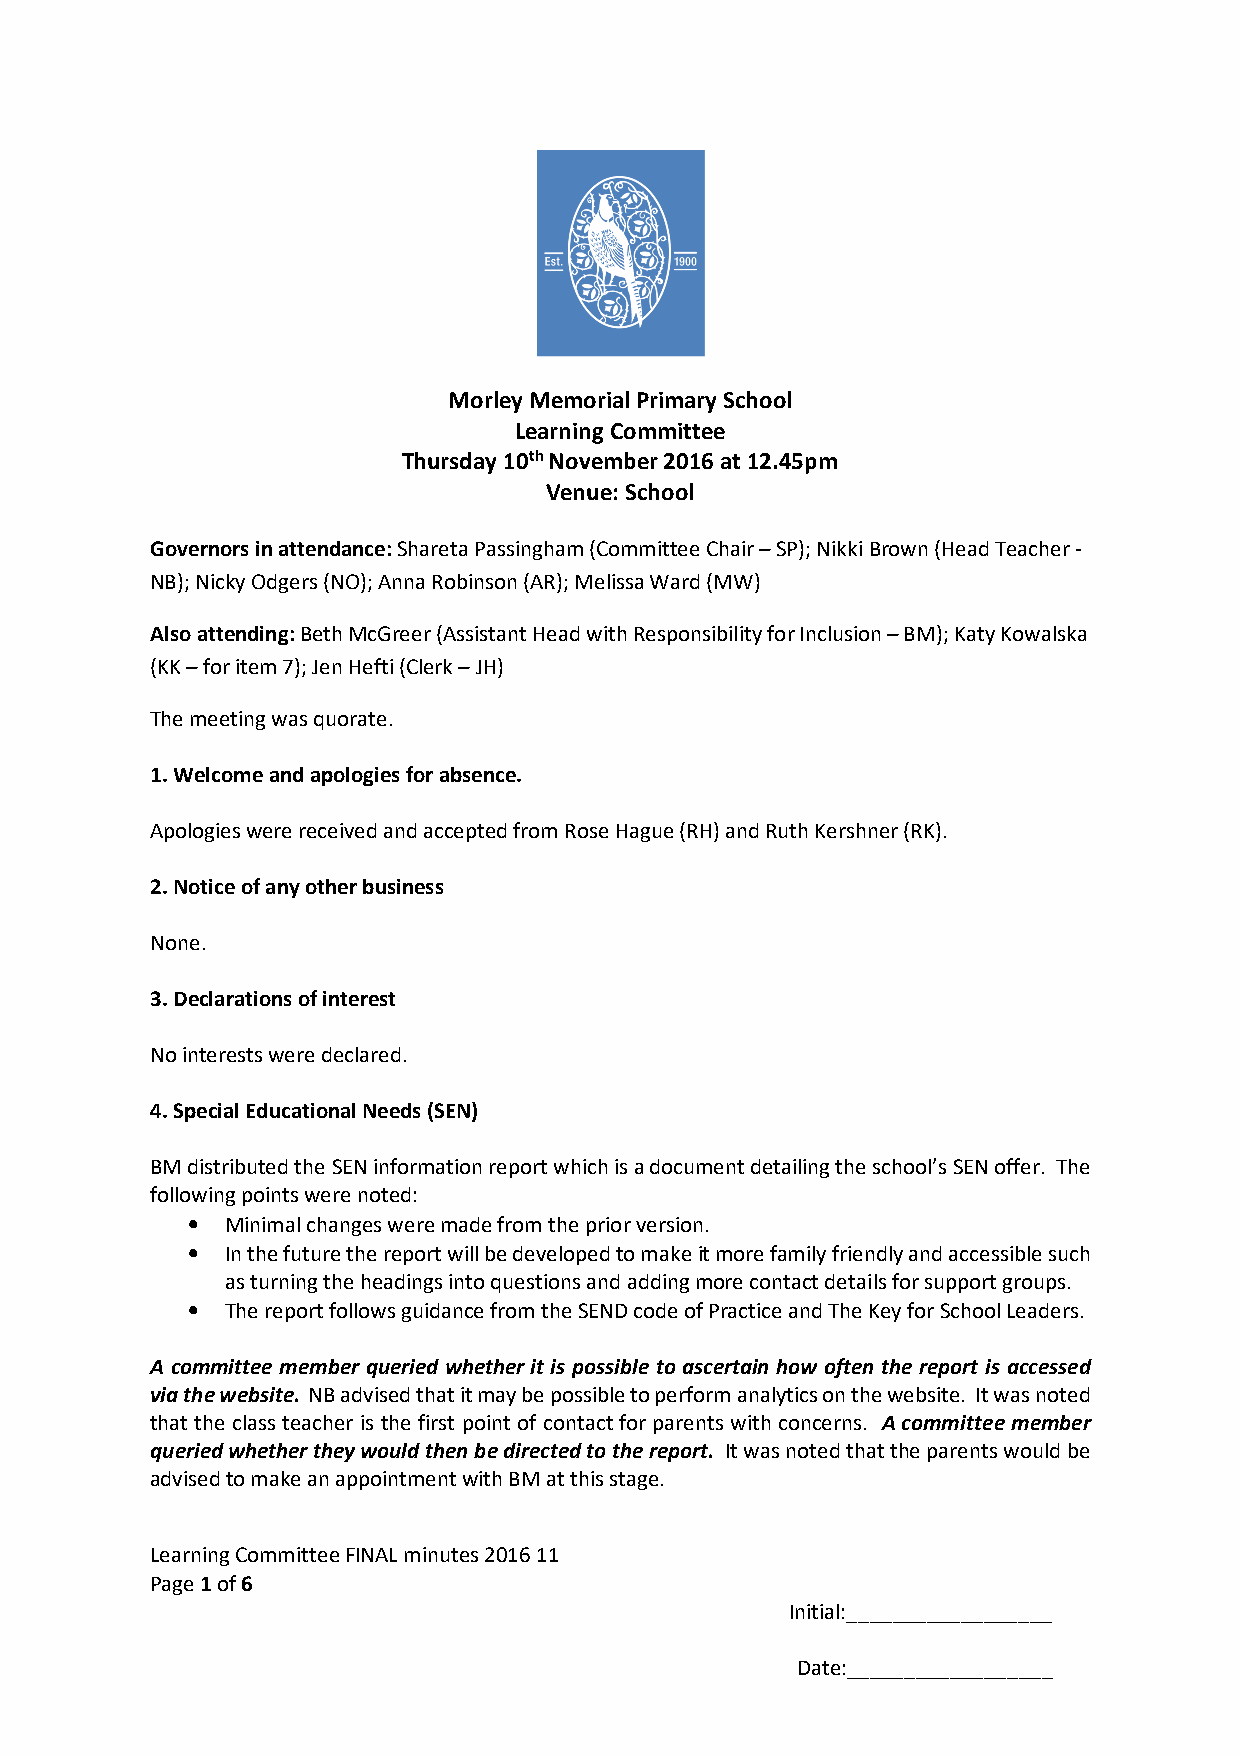
Morley Memorial Primary School
 Learning Committee
 Thursday 10th November 2016 at 12.45pm
 Venue: School
 Governors in attendance: Shareta Passingham (Committee Chair – SP); Nikki Brown (Head Teacher -
 NB); Nicky Odgers (NO); Anna Robinson (AR); Melissa Ward (MW)
 Also attending: Beth McGreer (Assistant Head with Responsibility for Inclusion – BM); Katy Kowalska
 (KK – for item 7); Jen Hefti (Clerk – JH)
 The meeting was quorate.
 1. Welcome and apologies for absence.
 Apologies were received and accepted from Rose Hague (RH) and Ruth Kershner (RK).
 2. Notice of any other business
 None.
 3. Declarations of interest
 No interests were declared.
 4. Special Educational Needs (SEN)
 BM distributed the SEN information report which is a document detailing the school’s SEN offer. The
 following points were noted:
 •  Minimal changes were made from the prior version.
 •  In the future the report will be developed to make it more family friendly and accessible such
 as turning the headings into questions and adding more contact details for support groups.
 •  The report follows guidance from the SEND code of Practice and The Key for School Leaders.
 A committee member queried whether it is possible to ascertain how often the report is accessed
 via the website. NB advised that it may be possible to perform analytics on the website. It was noted
 that the class teacher is the first point of contact for parents with concerns. A committee member
 queried whether they would then be directed to the report. It was noted that the parents would be
 advised to make an appointment with BM at this stage.
 Learning Committee FINAL minutes 2016 11
 Page 1 of 6
 Initial:__________________
 Date:__________________